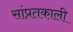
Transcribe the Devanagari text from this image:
सांप्रतकाली